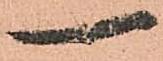
一